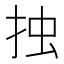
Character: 𢫼